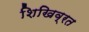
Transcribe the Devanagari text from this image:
शिखिव्रत